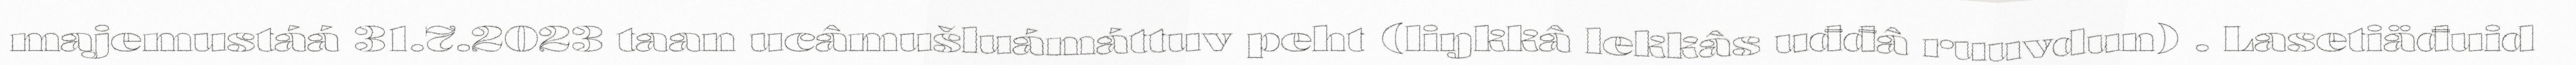
majemustáá 31.7.2023 taan ucâmušluámáttuv peht (liŋkkâ lekkâs uđđâ ruuvdun) . Lasetiäđuid